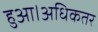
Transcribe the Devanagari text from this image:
हुआ।अधिकतर